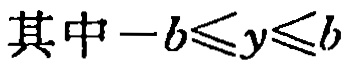
其中\(-b\leqslant y\leqslant b\)